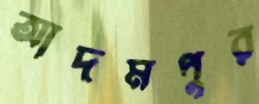
আদমপুর